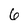
Character: 6